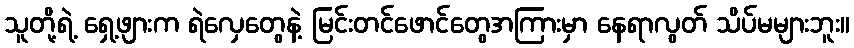
သူတို့ရဲ့ ရှေ့ဖျားက ရဲလှေတွေနဲ့ မြင်းတင်ဖောင်တွေအကြားမှာ နေရာလွတ် သိပ်မများဘူး။